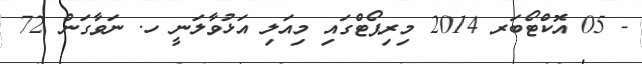
- 05 އޮކްޓޯބަރ 2014 މިރިޕޯޓްގައި މިއަލި އަޅުވާލަނީ ހ. ނަވާގަން 72